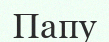
Папу